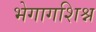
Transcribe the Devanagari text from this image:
भेगागशिश्न